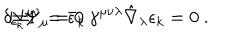
\delta _ { \epsilon _ { k } } \Psi _ { \mu } = 0 \hspace { 2 c m } \Longrightarrow \hspace { 2 c m } N ^ { \mu \nu } = \bar { \epsilon } _ { k } \, \gamma ^ { \mu \nu \lambda } \hat { \nabla } _ { \lambda } \epsilon _ { k } = 0 \ .